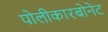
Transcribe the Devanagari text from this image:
पोलीकारबोनेट